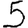
Digit: 5